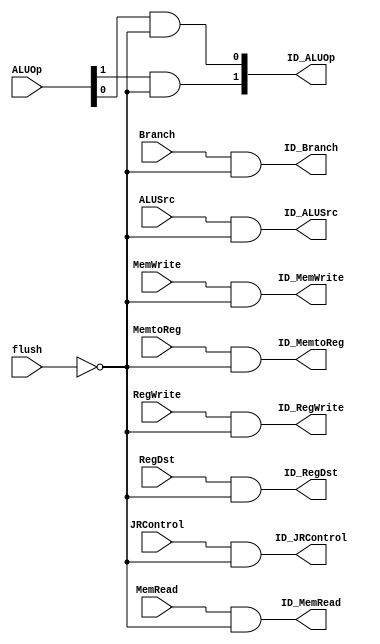
`timescale 1 ps / 100 fs
module flush_block(
ID_RegDst,ID_ALUSrc, ID_MemtoReg,ID_RegWrite,ID_MemRead,ID_MemWrite,
ID_Branch,ID_ALUOp,ID_JRControl,flush,RegDst,ALUSrc,MemtoReg,RegWrite,
MemRead,MemWrite,Branch,ALUOp,JRControl);

output ID_RegDst,ID_ALUSrc,ID_MemtoReg,ID_RegWrite,ID_MemRead,ID_MemWrite,ID_Branch,ID_JRControl;
output [1:0] ID_ALUOp;
input flush,RegDst,ALUSrc,MemtoReg,RegWrite,MemRead,MemWrite,Branch,JRControl;
input [1:0] ALUOp;

not #50 (notflush,flush);
and #50 and1(ID_RegDst,RegDst,notflush);
and #50 and2(ID_ALUSrc,ALUSrc,notflush);
and #50 and3(ID_MemtoReg,MemtoReg,notflush);
and #50 and4(ID_RegWrite,RegWrite,notflush);
and #50 and5(ID_MemRead,MemRead,notflush);
and #50 and6(ID_MemWrite,MemWrite,notflush);
and #50 and7(ID_Branch,Branch,notflush);
and #50 and8(ID_JRControl,JRControl,notflush);
and #50 and9(ID_ALUOp[1],ALUOp[1],notflush);
and #50 and10(ID_ALUOp[0],ALUOp[0],notflush);
endmodule